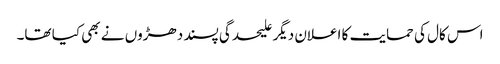
اس کال کی حمایت کا اعلان دیگر علیحدگی پسند دھڑوں نے بھی کیا تھا۔